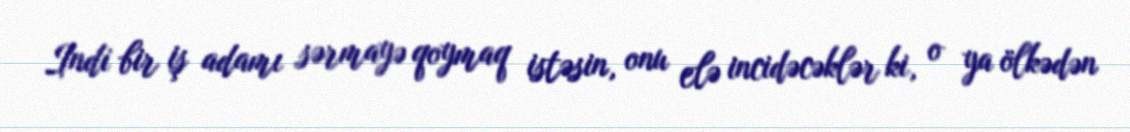
Indi bir iş adamı sərmayə qoymaq istəsin, onu elə incidəcəklər ki, o ya ölkədən